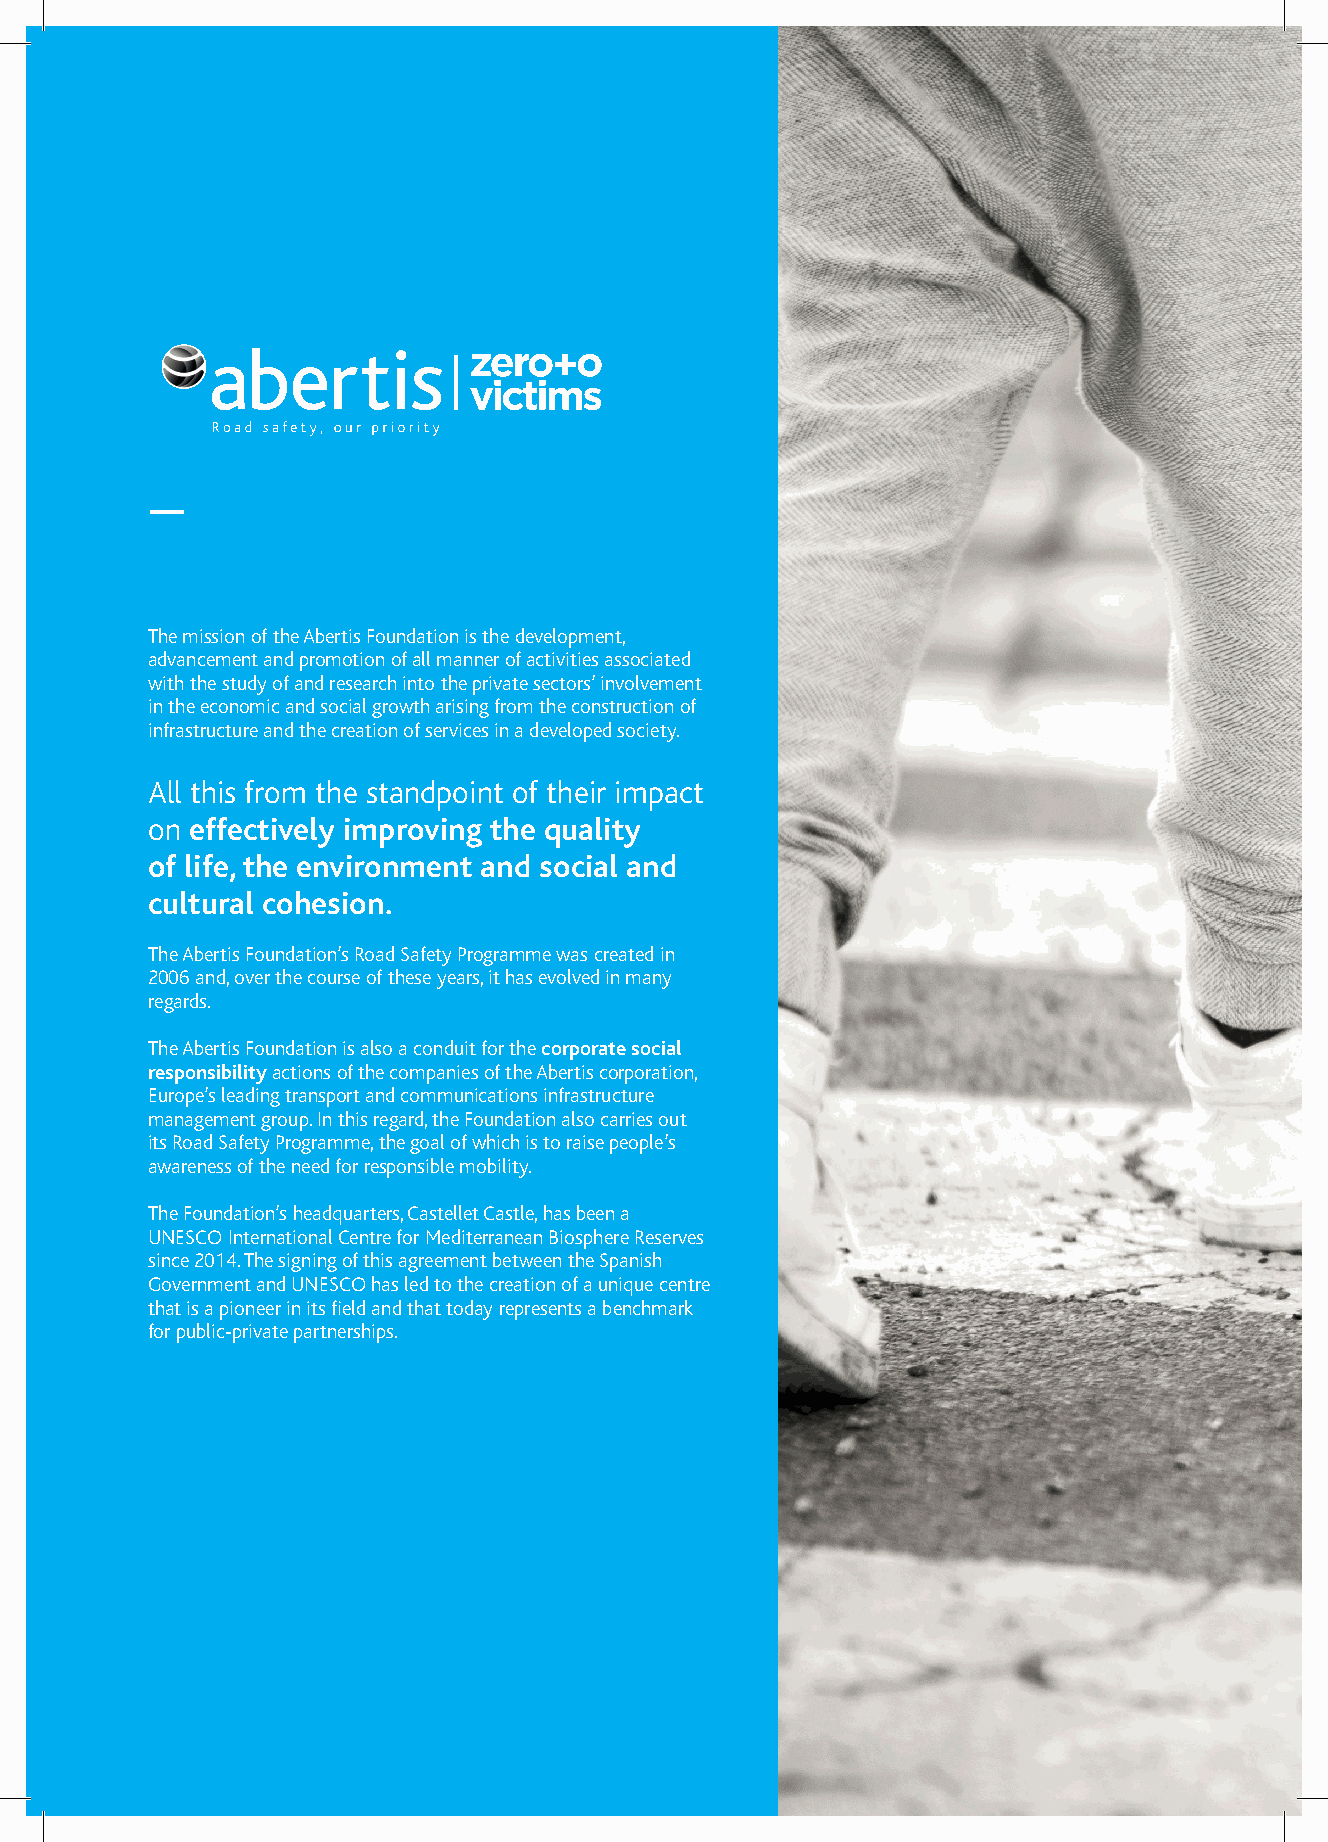
_
 The mission of the Abertis Foundation is the development,
 advancement and promotion of all manner of activities associated
 with the study of and research into the private sectors’ involvement
 in the economic and social growth arising from the construction of
 infrastructure and the creation of services in a developed society.
 All this from the standpoint of their impact
 on effectively improving the quality
 of life, the environment and social and
 cultural cohesion.
 The Abertis Foundation’s Road Safety Programme was created in
 2006 and, over the course of these years, it has evolved in many
 regards.
 The Abertis Foundation is also a conduit for the corporate social
 responsibility actions of the companies of the Abertis corporation,
 Europe’s leading transport and communications infrastructure
 management group. In this regard, the Foundation also carries out
 its Road Safety Programme, the goal of which is to raise people’s
 awareness of the need for responsible mobility.
 The Foundation’s headquarters, Castellet Castle, has been a
 UNESCO International Centre for Mediterranean Biosphere Reserves
 since 2014. The signing of this agreement between the Spanish
 Government and UNESCO has led to the creation of a unique centre
 that is a pioneer in its field and that today represents a benchmark
 for public-private partnerships.